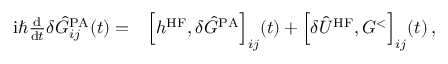
\begin{array} { r l } { \mathrm { i } \hbar \frac { \mathrm { d } } { \mathrm { d } t } \delta \hat { G } _ { i j } ^ { \mathrm { P A } } ( t ) = } & { \Big [ h ^ { \mathrm { H F } } , \delta \hat { G } ^ { \mathrm { P A } } \Big ] _ { i j } ( t ) + \Big [ \delta \hat { U } ^ { \mathrm { H F } } , G ^ { < } \Big ] _ { i j } ( t ) \, , \, } \end{array}